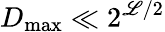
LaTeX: D_{\mathrm{max}}\ll 2^{{\scriptstyle\mathscr{L}}/2}